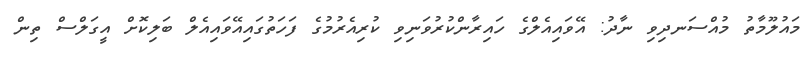
މައުލޫމާތު މުއްސަނދިވި ނާދު: އޭވައިއެލްގެ ހައިރާންކުރުވަނިވި ކުރިއެރުމުގެ ފަހަތުގައިއޭވައިއެލް ބަލިކޮށް އީގަލްސް ތިން